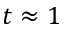
t \approx 1